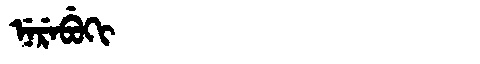
Manchu: ᠨᡝᡵᡝᠪᡠᡴᡳ
Romanization: NEREBUKI